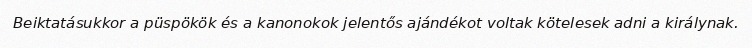
Beiktatásukkor a püspökök és a kanonokok jelentős ajándékot voltak kötelesek adni a királynak.